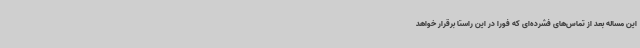
این مساله بعد از تماس‌های فشرده‌ای که فورا در این راستا برقرار خواهد